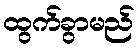
ထွက်ခွာမည်